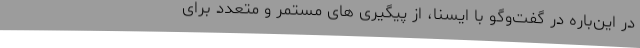
در این‌باره در گفت‌وگو با ایسنا، از پیگیری های مستمر و متعدد برای